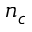
n _ { c }